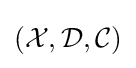
({\mathcal {X}},{\mathcal {D}},{\mathcal {C}})